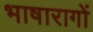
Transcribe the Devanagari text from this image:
भाषारागों